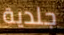
جلدية